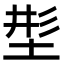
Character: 𡌒